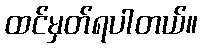
ထင်မှတ်ရပါတယ်။